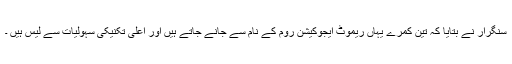
سنگرار نے بتایا کہ تین کمرے یہاں ریموٹ ایجوکیشن روم کے نام سے جانے جاتے ہیں اور اعلیٰ تکنیکی سہولیات سے لیس ہیں ۔